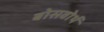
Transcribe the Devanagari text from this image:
बोसवोर्थ